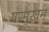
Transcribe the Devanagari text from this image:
षण्मुखम